Preliminary report on the killing of rats and rat fleas by hydrocyanic acid gas - Number 38
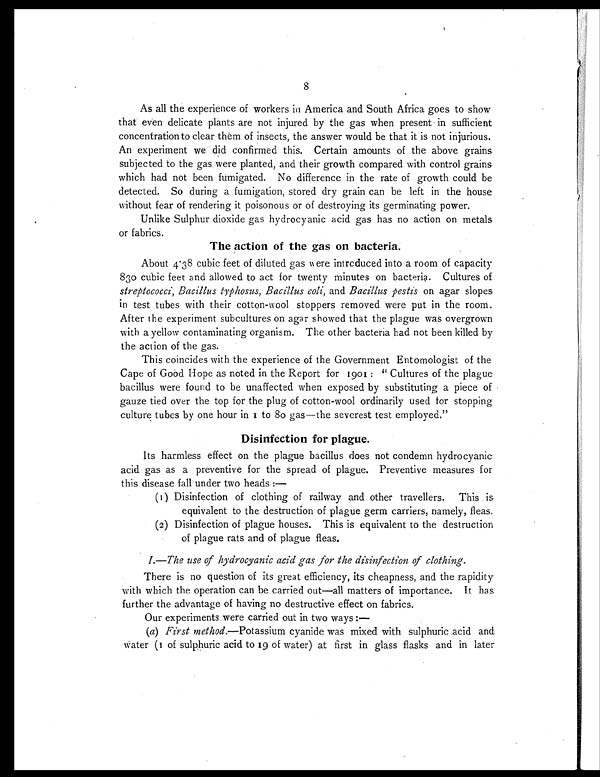
8
As all the experience of workers in America and South Africa goes to show
that even delicate plants are not injured by the gas when present in sufficient
concentration to clear them of insects, the answer would be that it is not injurious.
An experiment we did confirmed this. Certain amounts of the above grains
subjected to the gas were planted, and their growth compared with control grains.
which had not been fumigated. No difference in the rate of growth could be
detected. So during a fumigation, stored dry grain can be left in the house
without fear of rendering it poisonous or of destroying its germinating power.
Unlike Sulphur dioxide gas hydrocyanic acid gas has no action on metals
or fabrics.
The action of the gas on bacteria.
About 4.38 cubic feet of diluted gas were introduced into a room of capacity
830 cubic feet and allowed to act for twenty minutes on bacteria. Cultures of
streptococci, Bacillus typhosus, Bacillus coli , and Bacillus pestis on agar slopes
in test tubes with their cotton-wool stoppers removed were put in the room.
After the experiment subcultures on agar showed that the plague was overgrown
with a yellow contaminating organism. The other bacteria had not been killed by
the action of the gas.
This coincides with the experience of the Government Entomologist of the
Cape of Good Hope as noted in the Report for 1901: "Cultures of the plague.
bacillus were found to be unaffected when exposed by substituting a piece of
gauze tied over the top for the plug of cotton-wool ordinarily used for stopping
culture tubes by one hour in 1 to 80 gas—the severest test employed."
Disinfection for plague.
Its harmless effect on the plague bacillus does not condemn hydrocyanic
acid gas as a preventive for the spread of plague. Preventive measures for
this disease fall under two heads :—
(1) Disinfection of clothing of railway and other travellers.
This is.
equivalent to the destruction of plague germ carriers, namely, fleas.
(2) Disinfection of plague houses. This is equivalent to the destruction
of plague rats and of plague fleas.
I .—The use of hydrocyanic acid gas for the disinfection of clothing .
There is no question of its great efficiency, its cheapness, and the rapidity
with which the operation can be carried out—all matters of importance. It has
further the advantage of having no destructive effect on fabrics.
Our experiments were carried out in two ways :—
(a) First method.—Potassium cyanide was mixed with sulphuric acid and
water (1 of sulphuric acid to 19 of water) at first in glass flasks and in later